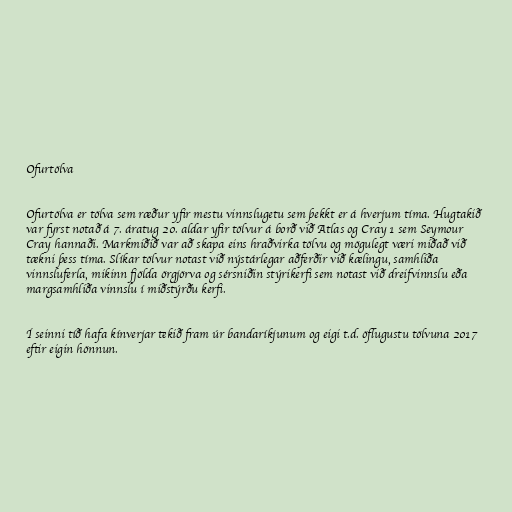
Ofurtölva

Ofurtölva er tölva sem ræður yfir mestu vinnslugetu sem þekkt er á hverjum tíma. Hugtakið
var fyrst notað á 7. áratug 20. aldar yfir tölvur á borð við Atlas og Cray 1 sem Seymour
Cray hannaði. Markmiðið var að skapa eins hraðvirka tölvu og mögulegt væri miðað við
tækni þess tíma. Slíkar tölvur notast við nýstárlegar aðferðir við kælingu, samhliða
vinnsluferla, mikinn fjölda örgjörva og sérsniðin stýrikerfi sem notast við dreifvinnslu eða
margsamhliða vinnslu í miðstýrðu kerfi.

Í seinni tíð hafa kínverjar tekið fram úr bandaríkjunum og eigi t.d. öflugustu tölvuna 2017
eftir eigin hönnun.